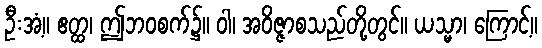
ဦးအံ့။ ဧတ္ထ၊ ဤဘဝစက်၌။ ဝါ၊ အဝိဇ္ဇာစသည်တို့တွင်။ ယသ္မာ၊ ကြောင့်။